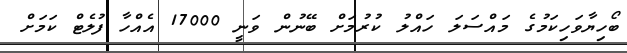
ބޯހިޔާވަހިކަމުގެ މައްސަލަ ހައްލު ކުރުމަށް ބޭނުން ވަނީ 17000 އެއްހާ ފުލެޓް ކަމަށް